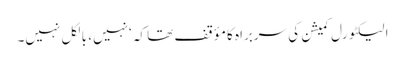
الیکٹورل کمیشن کی سربراہ کا مؤقف تھا کہ ‘نہیں، بالکل نہیں۔